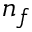
n _ { f }